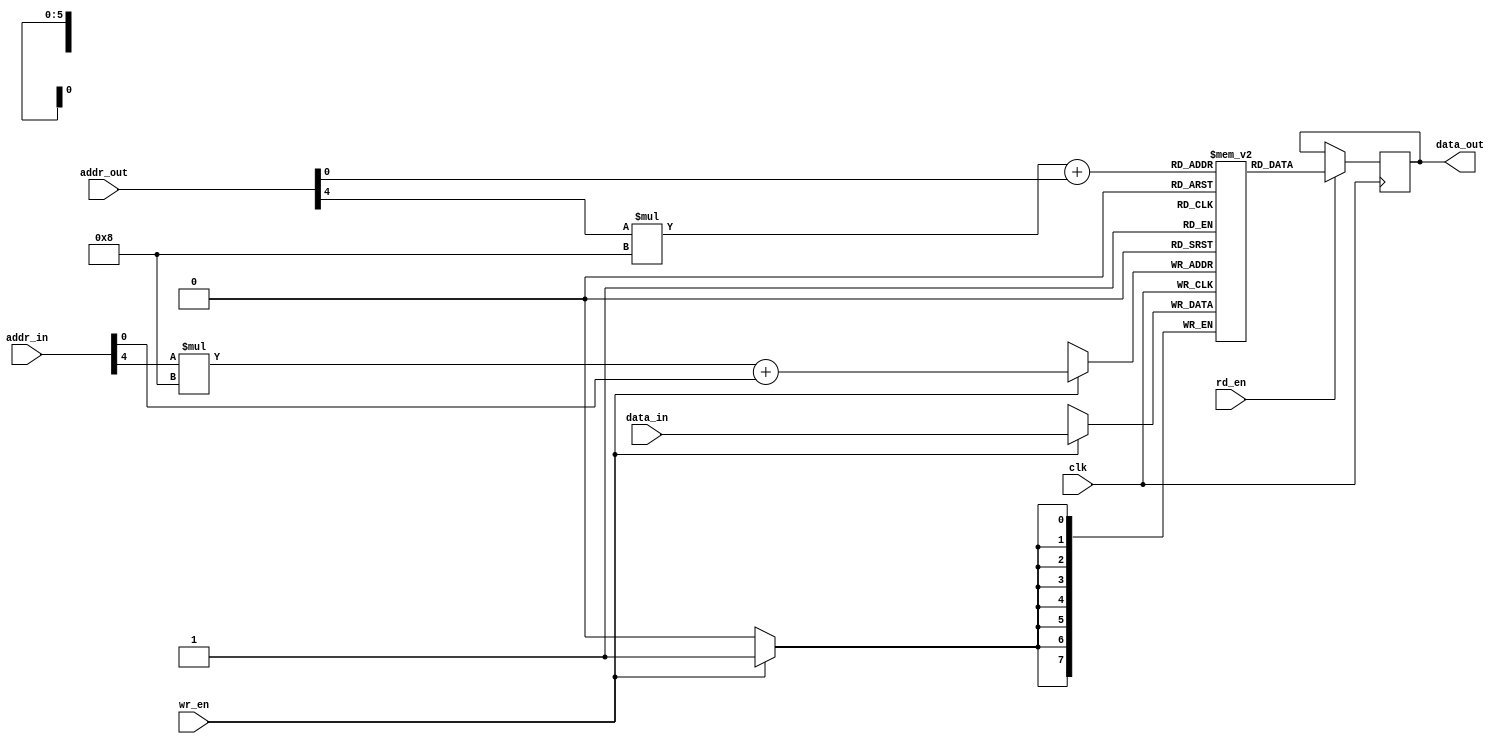
module bram 
(
    input                           clk,
    input  [7:0]                    addr_in,           
    input  [7:0]                    addr_out,
    input                           wr_en,
    input                           rd_en,
    input  [7:0]                    data_in,           
    output reg[7:0]                 data_out           
);
reg[7:0]    ram[7:0][7:0];
assign      addrx_in  = addr_in[7:4];
assign      addry_in  = addr_in[3:0];
assign      addrx_out = addr_out[7:4];
assign      addry_out = addr_out[3:0];

always @(posedge clk) begin
    if (wr_en==1) begin
        ram[addrx_in][addry_in] <= data_in;
    end
end

always @(posedge clk) begin
    if (rd_en==1) 
        data_out <= ram[addrx_out][addry_out];
    else 
        data_out <= data_out;
end
    
endmodule